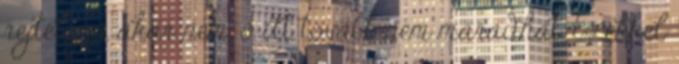
rejtélyes, akár nem, ő itt tovább nem maradhat. Ezekkel